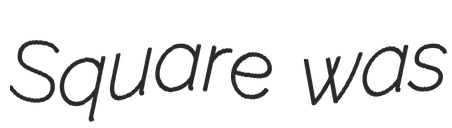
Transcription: Square was